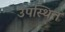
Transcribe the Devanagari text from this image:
उपस्थित्त